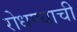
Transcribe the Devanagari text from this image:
रोधण्याची